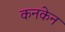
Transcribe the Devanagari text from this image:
कनकेन